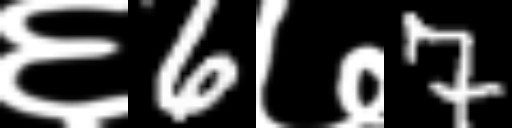
Text: ६6७7